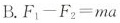
B.$$F_{1}-F_{2} = m a$$